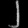
Digit: ၂